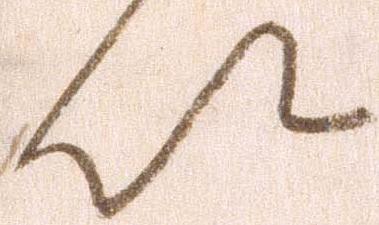
以